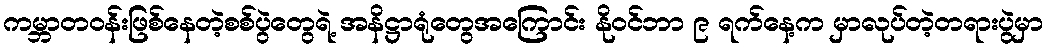
ကမ္ဘာတဝန်းဖြစ်နေတဲ့စစ်ပွဲတွေရဲ့ အနိဋ္ဌာရုံတွေအကြောင်း နိုဝင်ဘာ ၉ ရက်နေ့က မှာလုပ်တဲ့တရားပွဲမှာ